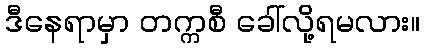
ဒီနေရာမှာ တက္ကစီ ခေါ်လို့ရမလား။